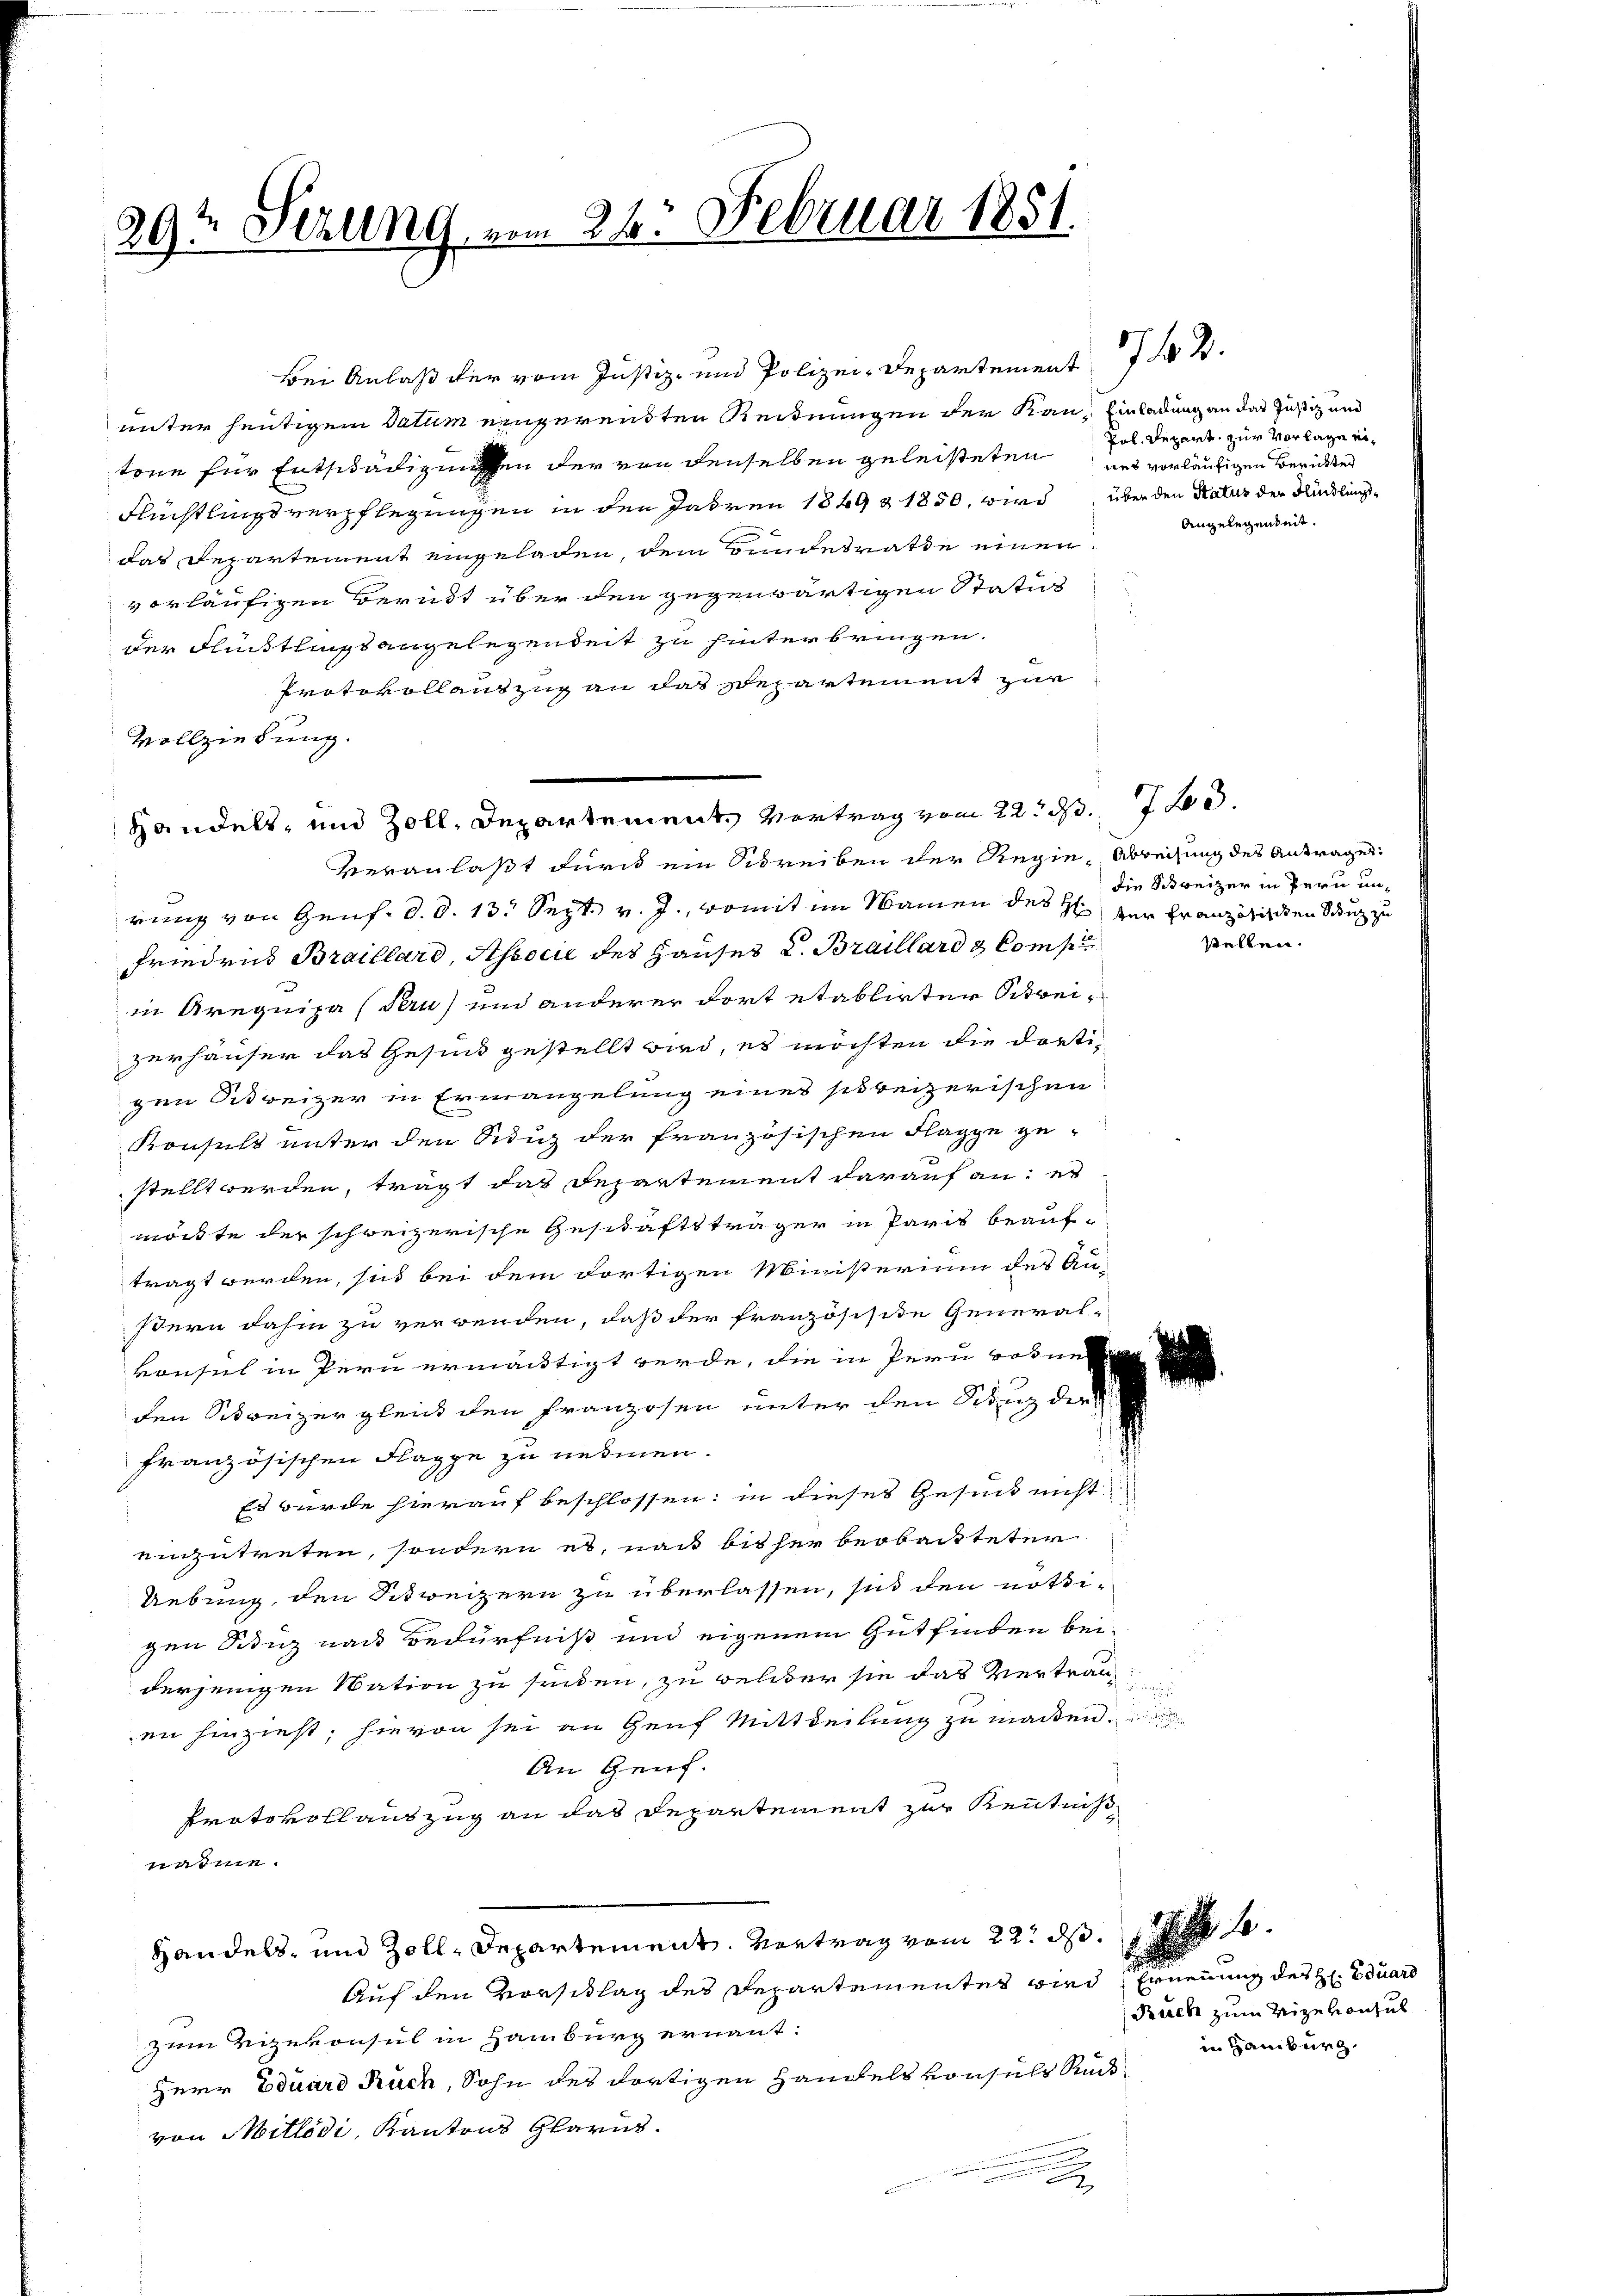
29t Sezung, vom 26. Februar 1851.

unter heutigem Datum eingerendten Reidnungen der Kau- Einladung an das Justiz und
tone für Entschädigungen der von denselben geleisteten und vorläufigen Berichtes
Flüchtlingsverpflegungen in den Jahren 1849 & 1850, wird, über den Natur der Kindlingsdas Departement eingeladen, dem Bundesrathe einen
vorläufigen Beruht über den gegenwärtigen Statio
der Flüchtlings angelegenheit zu hinterbringen.
Protokollauszug an das Repartement zur
Vollziehung.
Veranlaßt durch ein Schreiben der Regie-Abrechung des Antrages
rung von Genf. d. d. 13. Sept. v. J., womit im Namen des H: Der Französischen Sunz zu
friedrid Braillard, Associe des Hauses L. Braillard & Comp
in Arequipa (Perus und anderer fort etablirter Schreizerhäuser das Gesind gestellt wird, es möchten die dortigen Betreizer in Ermangelung eines sibbeizerischen
Konsuls unter den Sitz der französischen Flagge ge-
stellt werden, trägt das Departement darauf an: es
möchte der schweizerische Geschaftsträger in Paris beauftragt werden, sind bei dem dortigen Ministerium des Au-
stern dahin zu verwenden, daß der französisite General-
vonsul in Pern ermäutigt werde, die in Pern Botne
den Schweizer gleich den Franzosen unter den Schinz der
französischen Flappe zu nehmen.
Es wurde hierauf beschlossen; in dieses Gesind nicht
einzutreten, sondern es, nach bisher beobachteter
Uebung, den Sitweizern zu überlassen, sed den nöthi-
gen Sitz nach Bedürfniß und eigenem Gutfinden bei-
derjenigen Nation zu senden, zu welcher sie das Vertrag
en hinzieht, hievon sei an Genf Mittheilung zu machten.
An Genf.
Protokollauszug an das Departement zur Kenntniß
warme.
Handels- und Zoll-Departement. Vortrag vom 22. ds.
e
Auf den Vorsittag des Departementes wird Ernennung des H. Eduard
zum Vizekonsul in Hamburg ernannt:
Herr Eduard Ruch, Sohn des dortigen Handels von sehr Rück
von Mitledi, Kantons Glarus.
.

Bei Anlaß der vom Justiz- und Polizei-Departement 2.

Handels- und Zoll, Departement. Vortrag vom 22. d. 7.

Pol. Depart, zur Vorlage ei¬

Angelegenheit.

die Schweizer in Pern unstellen.

.
Buch zum Vizekonsul
in Hamburg.